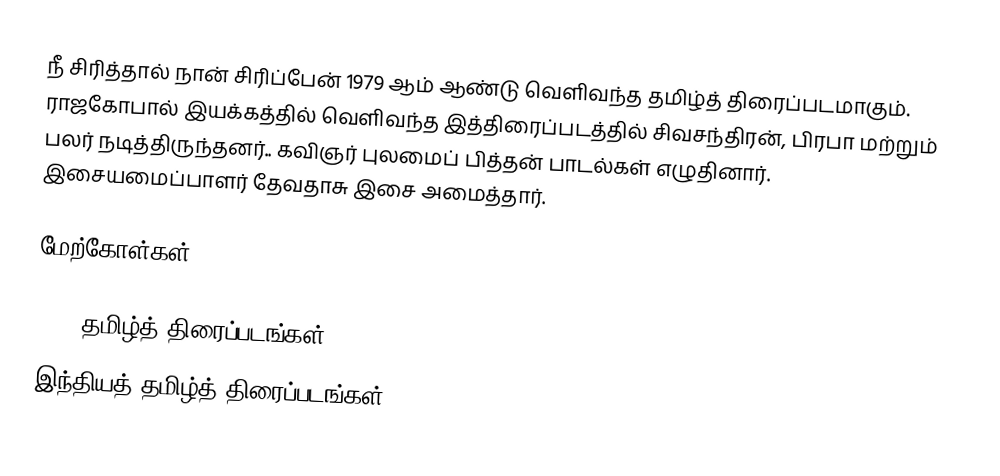
நீ சிரித்தால் நான் சிரிப்பேன் 1979 ஆம் ஆண்டு வெளிவந்த தமிழ்த் திரைப்படமாகும். ராஜகோபால் இயக்கத்தில் வெளிவந்த இத்திரைப்படத்தில் சிவசந்திரன், பிரபா மற்றும் பலர் நடித்திருந்தனர்.. கவிஞர் புலமைப் பித்தன் பாடல்கள் எழுதினார். இசையமைப்பாளர் தேவதாசு இசை அமைத்தார்.

மேற்கோள்கள்

1979 தமிழ்த் திரைப்படங்கள்
இந்தியத் தமிழ்த் திரைப்படங்கள்